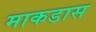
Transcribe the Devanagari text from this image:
माकडास